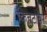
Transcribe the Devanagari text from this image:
किनटायर